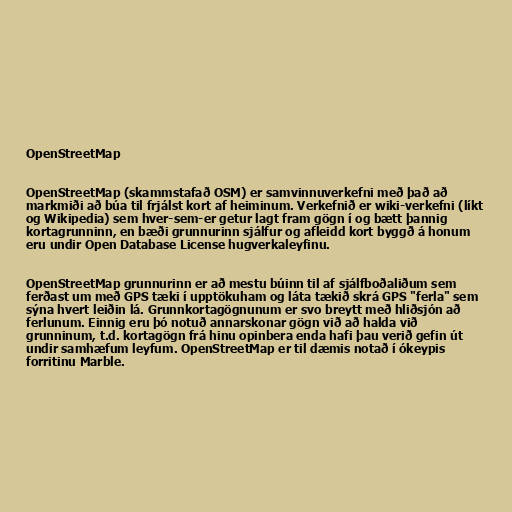
OpenStreetMap

OpenStreetMap (skammstafað OSM) er samvinnuverkefni með það að
markmiði að búa til frjálst kort af heiminum. Verkefnið er wiki-verkefni (líkt
og Wikipedia) sem hver-sem-er getur lagt fram gögn í og bætt þannig
kortagrunninn, en bæði grunnurinn sjálfur og afleidd kort byggð á honum
eru undir Open Database License hugverkaleyfinu.

OpenStreetMap grunnurinn er að mestu búinn til af sjálfboðaliðum sem
ferðast um með GPS tæki í upptökuham og láta tækið skrá GPS "ferla" sem
sýna hvert leiðin lá. Grunnkortagögnunum er svo breytt með hliðsjón að
ferlunum. Einnig eru þó notuð annarskonar gögn við að halda við
grunninum, t.d. kortagögn frá hinu opinbera enda hafi þau verið gefin út
undir samhæfum leyfum. OpenStreetMap er til dæmis notað í ókeypis
forritinu Marble.